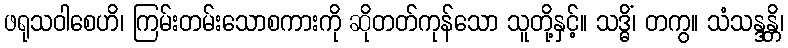
ဖရုသဝါစေဟိ၊ ကြမ်းတမ်းသောစကားကို ဆိုတတ်ကုန်သော သူတို့နှင့်။ သဒ္ဓိံ၊ တကွ။ သံသန္ဒန္တိ၊